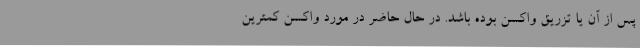
پس از آن یا تزریق واکسن بوده باشد. در حال حاضر در مورد واکسن کمترین